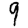
Digit: 9